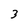
Character: 3